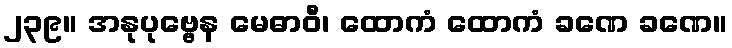
၂၃၉။ အနုပုဗ္ဗေန မေဓာဝီ၊ ထောကံ ထောကံ ခဏေ ခဏေ။